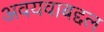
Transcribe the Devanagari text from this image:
अवयवाबद्दल